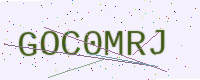
Text: GOC0MRJ